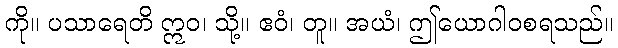
ကို။ ပသာရေတိ ဣဝ၊ သို့။ ဧဝံ၊ တူ။ အယံ၊ ဤယောဂါဝစရသည်။